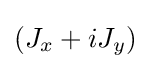
(J_{x}+iJ_{y})